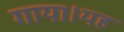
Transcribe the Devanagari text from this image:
गाया।यह